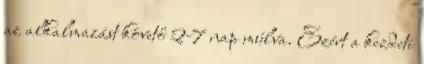
az alkalmazást követő 2-7 nap múlva. Ezért a kezdeti